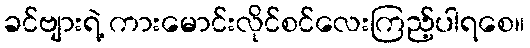
ခင်ဗျားရဲ့ ကားမောင်းလိုင်စင်လေးကြည့်ပါရစေ။